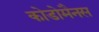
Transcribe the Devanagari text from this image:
कोडोमैनस